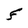
Character: F